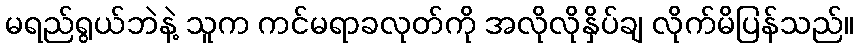
မရည်ရွယ်ဘဲနဲ့ သူက ကင်မရာခလုတ်ကို အလိုလိုနှိပ်ချ လိုက်မိပြန်သည်။